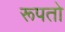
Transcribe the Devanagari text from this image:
रूपतो